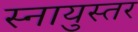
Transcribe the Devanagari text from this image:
स्नायुस्तर